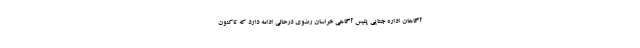
آگاهان اداره جنایی پلیس آگاهی خراسان رضوی درحالی ادامه دارد که تاکنون